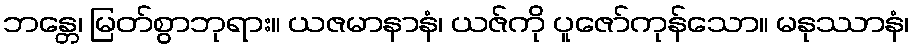
ဘန္တေ၊ မြတ်စွာဘုရား။ ယဇမာနာနံ၊ ယဇ်ကို ပူဇော်ကုန်သော။ မနုဿာနံ၊